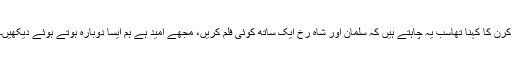
کرن کا کہنا تھاسب یہ چاہتے ہیں کہ سلمان اور شاہ رخ ایک ساتھ کوئی فلم کریں، مجھے امید ہے ہم ایسا دوبارہ ہوتے ہوئے دیکھیں۔